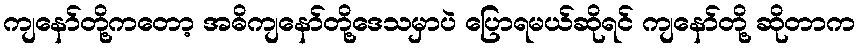
ကျနော်တို့ကတော့ အဓိကျနော်တို့ဒေသမှာပဲ ပြောရမယ်ဆိုရင် ကျနော်တို့ ဆိုတာက